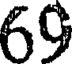
69